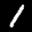
Label: 1